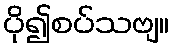
ပို၍စပ်သဗျ။